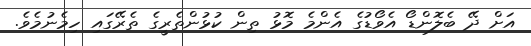
އަށް ދޭ ބެލޮންޑޯ އެވޯޑުގެ އެންމެ މޮޅު ތިން ކުޅުންތެރީގެ ތެރޭގައި ހިމެނުމެވެ.